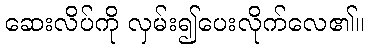
ဆေးလိပ်ကို လှမ်း၍ပေးလိုက်လေ၏။